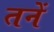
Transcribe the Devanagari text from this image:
तनें